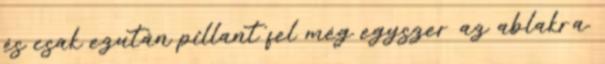
és csak ezután pillant fel még egyszer az ablakra.